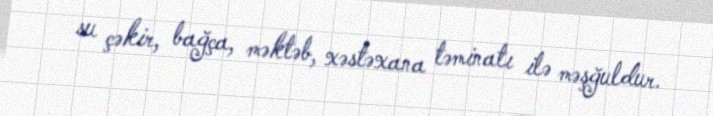
su çəkir, bağça, məktəb, xəstəxana təminatı ilə məşğuldur.